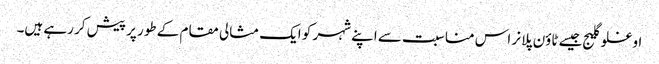
اوغلو گلیج جیسے ٹاؤن پلانر اس مناسبت سے اپنے شہر کو ایک مثالی مقام کے طور پر پیش کر رہے ہیں۔